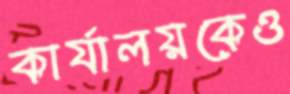
কার্যালয়কেও